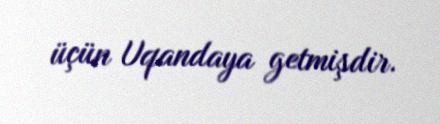
üçün Uqandaya getmişdir.